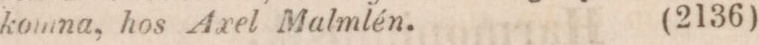
komna, hos Axel Malmlén.    (2136)